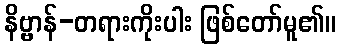
နိဗ္ဗာန်-တရားကိုးပါး ဖြစ်တော်မူ၏။